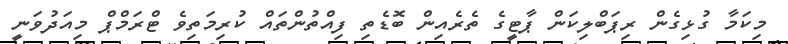
މިކަމާ ގުޅިގެން ރިޕަބްލިކަން ޕާޓީގެ ތެރެއިން ބޮޑެތި ފިއްތުންތައް ކުރިމަތިވެ ޓްރަމްޕް މިއަދުވަނީ